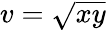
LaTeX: v={\sqrt{xy}}